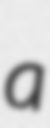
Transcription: a